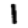
Digit: 1